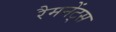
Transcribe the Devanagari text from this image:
रैमनेंट्स